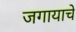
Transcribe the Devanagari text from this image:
जगायाचे